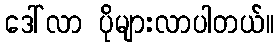
ဒေါ်လာ ပိုများလာပါတယ်။